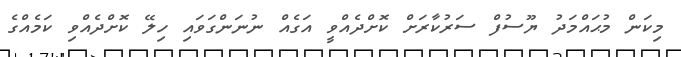
މިކަން މުޙައްމަދު ޔޫސުފް ސަރުކާރަށް ކޮށްދެއްވީ އަގެއް ނުނަންގަވައި ހިލޭ ކޮށްދެއްވި ކަމެއްގެ